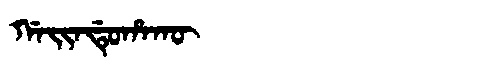
Manchu: ᡤᠠᡳᠨᡩᡠᡥᠠᡴᡡ
Romanization: GAINDUHAKŪ